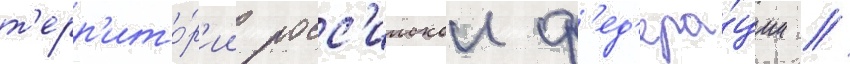
т'ерр'ито́р'ии росс'иискои ф'ед'ера́ции /